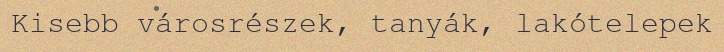
Kisebb városrészek, tanyák, lakótelepek